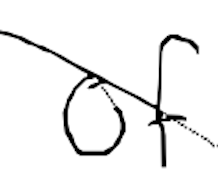
Text: of
Cross-out: diagonal
Writing tool: digital_black